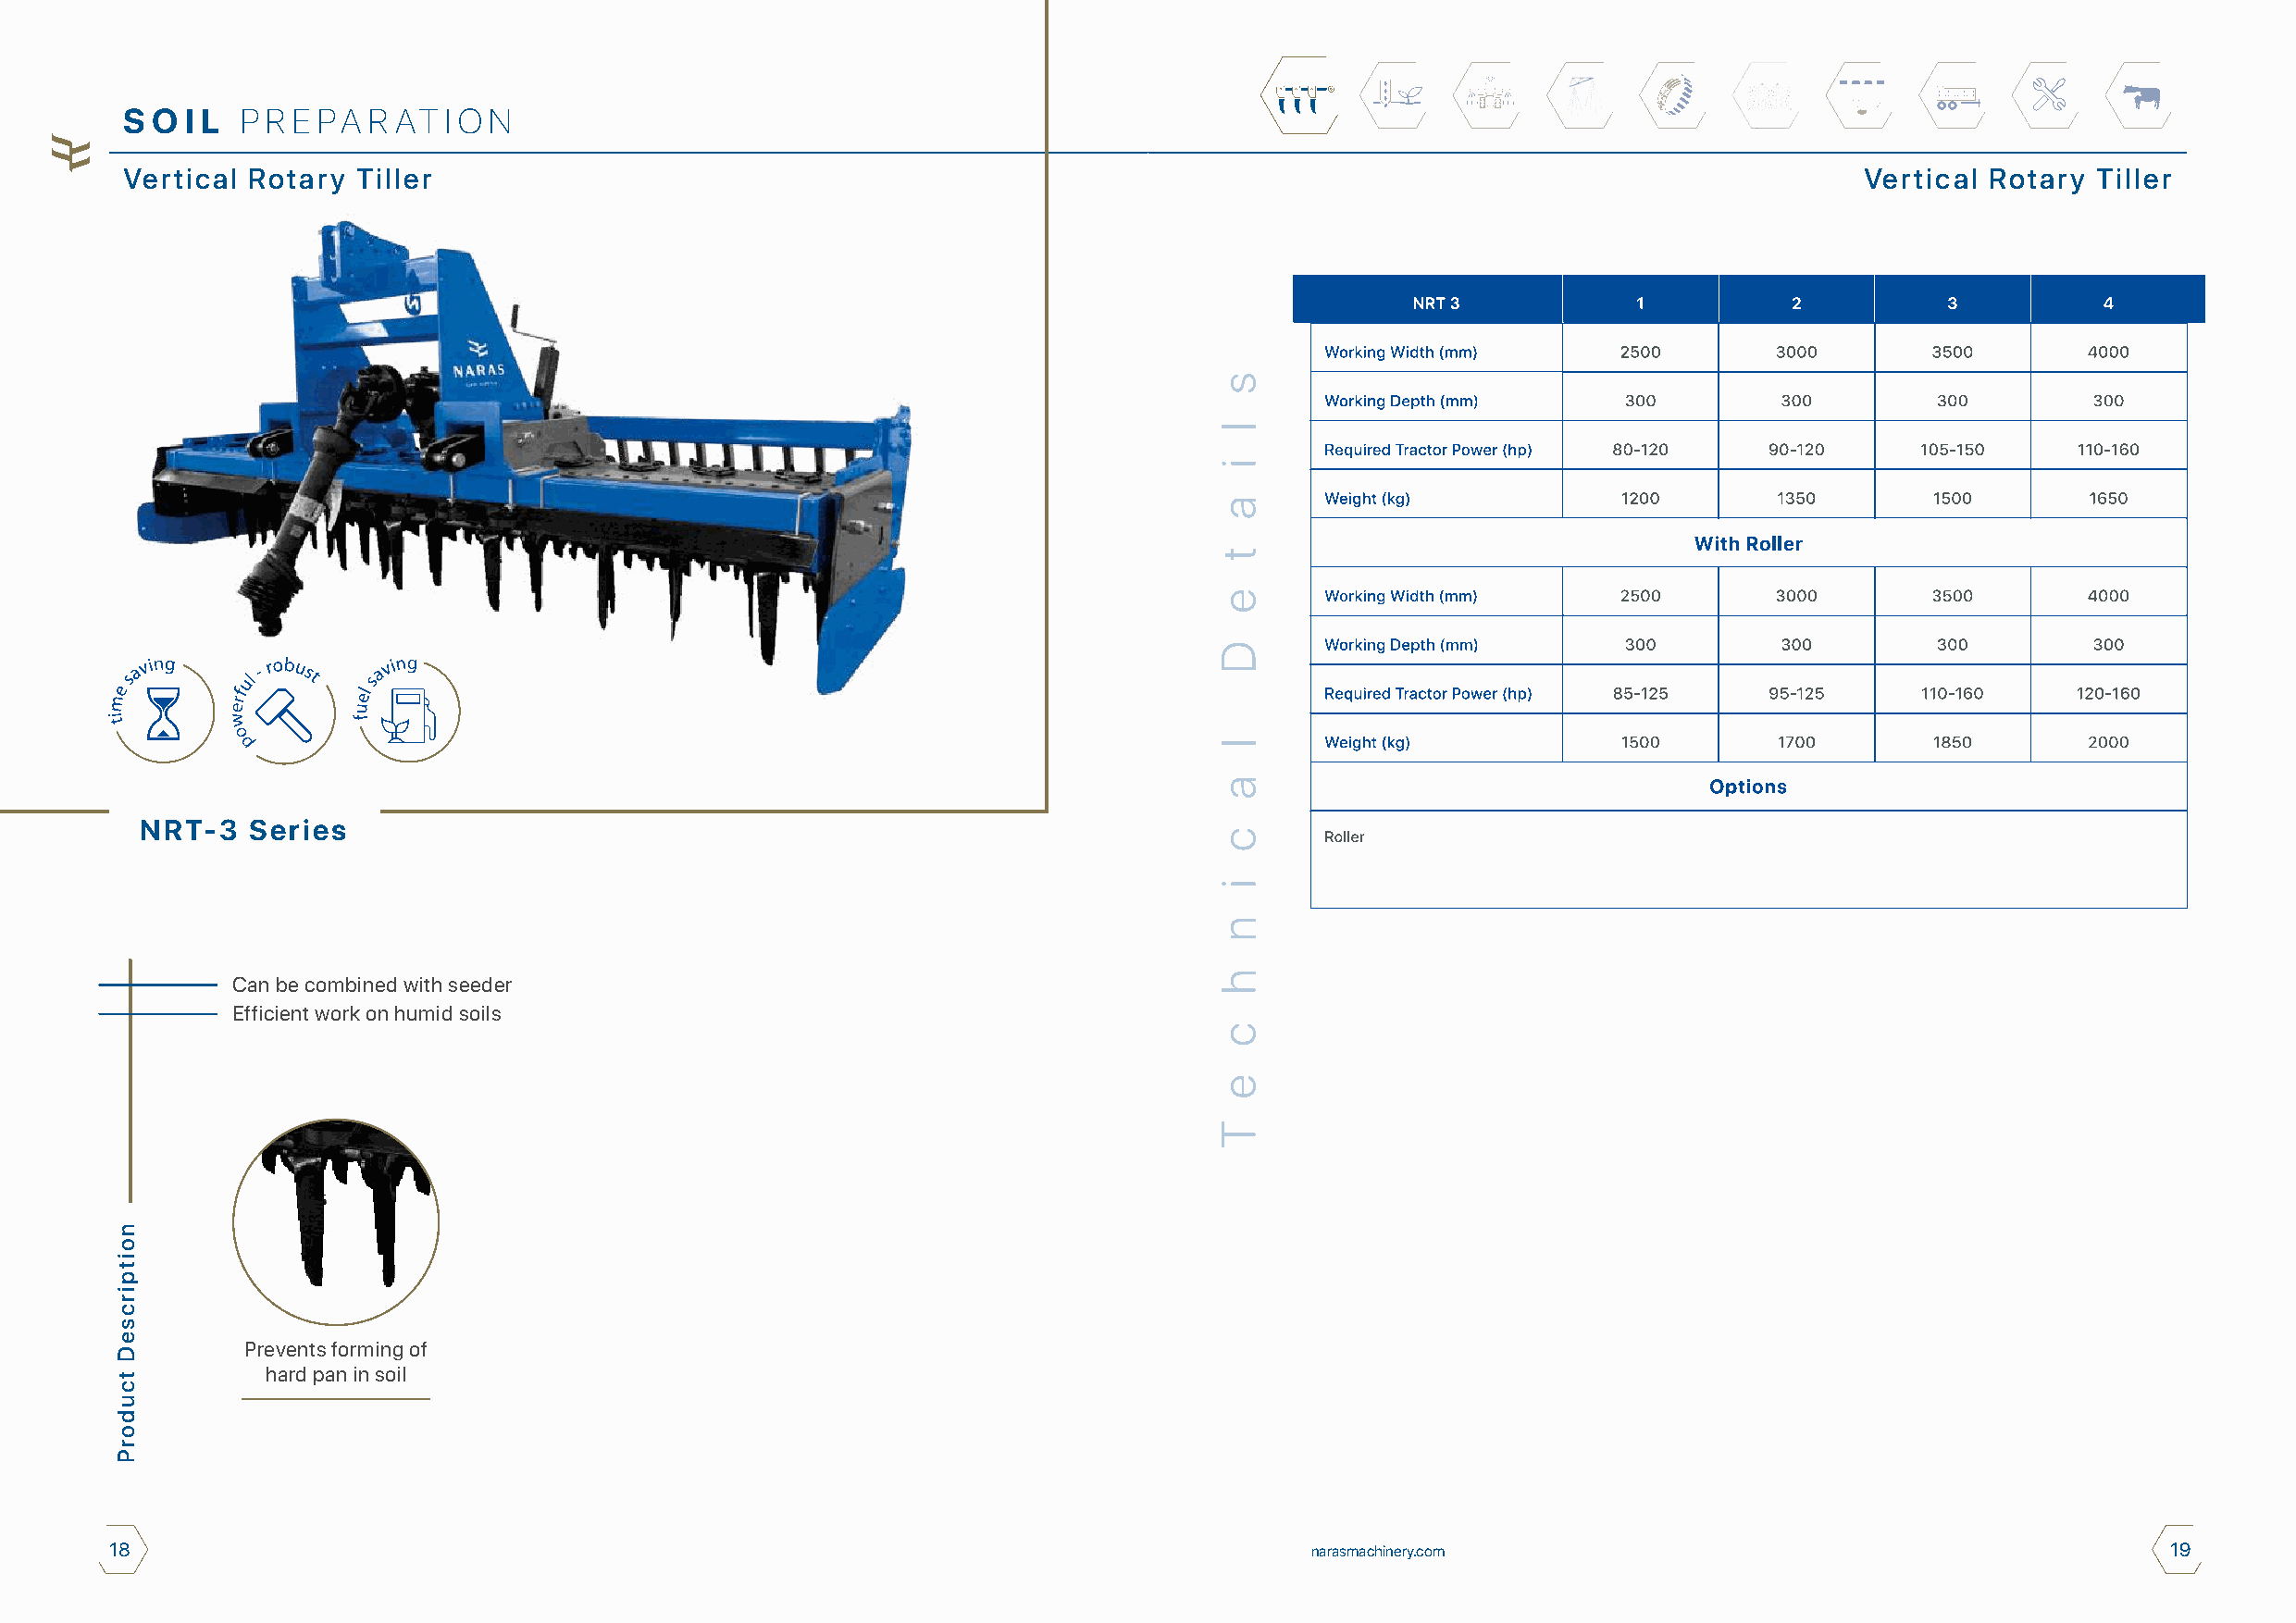
S O I L P R E PA R AT  I O N
 Vertical Rotary Tiller                                                                                                      Vertical Rotary  Tiller
 NRT-3   Series
 Can be combined with seeder
 Efficient work on humid soils
 Prevents forming of
 hard pan in soil
 18                                                                                    narasmachinery.com                                           19
 noitpircseD
 tcudorP
 s
 l
 i
 a
 t
 e
 D
 l
 a
 c
 i
 n
 h
 c
 e
 T